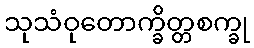
သုသံဝုတောက္ခိတ္တစက္ခု